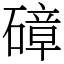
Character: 𥕞